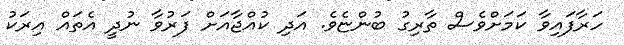
ހަރާފައިވާ ކަމަށްވެސް ތާރިގު ބުންޏެވެ. އަދި ކުއްޖާއަށް ފަރުވާ ނުދީ އެތައް އިރަކު